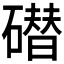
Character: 𰧢